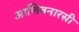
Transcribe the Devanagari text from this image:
आणिबनारसी